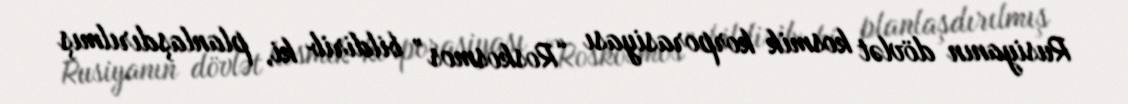
Rusiyanın dövlət kosmik korporasiyası “Roskosmos” bildirib ki, planlaşdırılmış